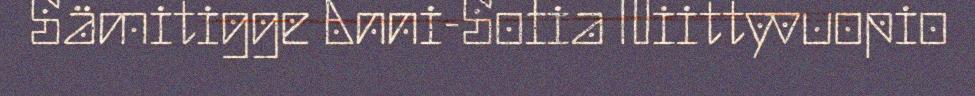
Sämitigge Anni-Sofia Niittyvuopio